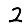
Digit: 2